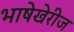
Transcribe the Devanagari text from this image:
भाषेखेरीज